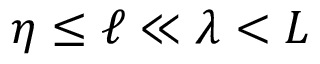
\eta \le \ell \ll \lambda < L